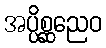
အပ္ပိစ္ဆညေဝ